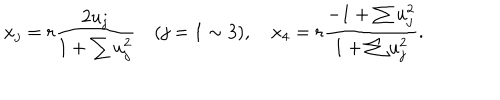
x _ { j } = r \frac { 2 u _ { j } } { 1 + \sum u _ { j } ^ { 2 } } \quad ( j = 1 \sim 3 ) , \quad x _ { 4 } = r \frac { - 1 + \sum u _ { j } ^ { 2 } } { 1 + \sum u _ { j } ^ { 2 } } .